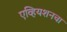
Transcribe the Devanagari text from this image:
एव्हियशनचा